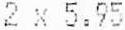
2 X 5.95